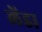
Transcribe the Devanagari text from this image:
लेंडा